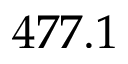
4 7 7 . 1